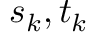
s _ { k } , t _ { k }